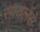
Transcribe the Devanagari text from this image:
सायलेंस